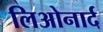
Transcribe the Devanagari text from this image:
लिओनार्द